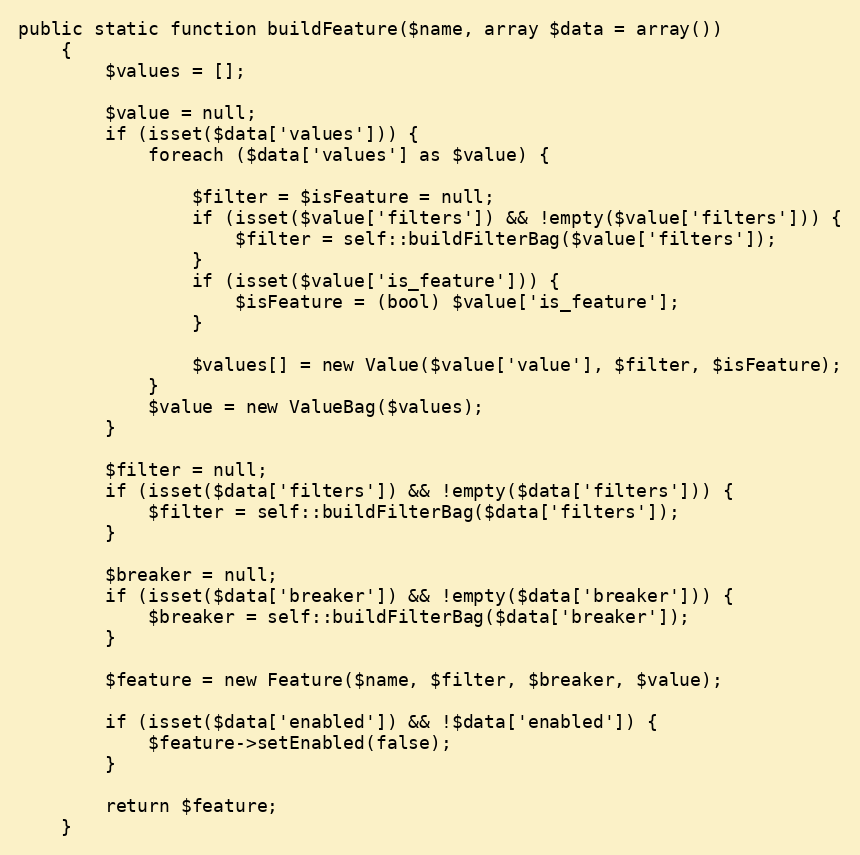
Language: PHP
public static function buildFeature($name, array $data = array())
    {
        $values = [];

        $value = null;
        if (isset($data['values'])) {
            foreach ($data['values'] as $value) {

                $filter = $isFeature = null;
                if (isset($value['filters']) && !empty($value['filters'])) {
                    $filter = self::buildFilterBag($value['filters']);
                }
                if (isset($value['is_feature'])) {
                    $isFeature = (bool) $value['is_feature'];
                }

                $values[] = new Value($value['value'], $filter, $isFeature);
            }
            $value = new ValueBag($values);
        }

        $filter = null;
        if (isset($data['filters']) && !empty($data['filters'])) {
            $filter = self::buildFilterBag($data['filters']);
        }

        $breaker = null;
        if (isset($data['breaker']) && !empty($data['breaker'])) {
            $breaker = self::buildFilterBag($data['breaker']);
        }

        $feature = new Feature($name, $filter, $breaker, $value);

        if (isset($data['enabled']) && !$data['enabled']) {
            $feature->setEnabled(false);
        }

        return $feature;
    }